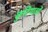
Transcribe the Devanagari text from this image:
कुटियाओं